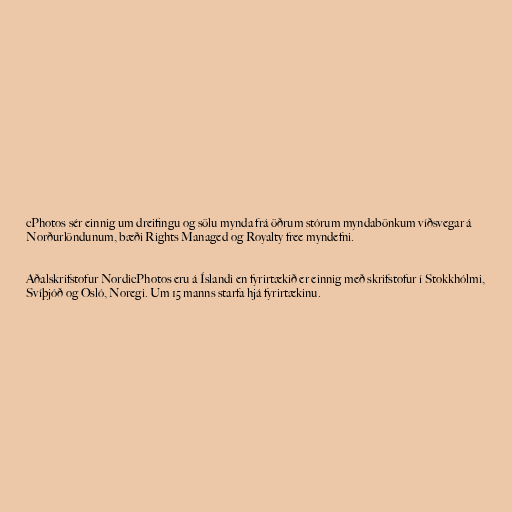
cPhotos sér einnig um dreifingu og sölu mynda frá öðrum stórum myndabönkum víðsvegar á
Norðurlöndunum, bæði Rights Managed og Royalty free myndefni.

Aðalskrifstofur NordicPhotos eru á Íslandi en fyrirtækið er einnig með skrifstofur í Stokkhólmi,
Svíþjóð og Osló, Noregi. Um 15 manns starfa hjá fyrirtækinu.